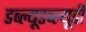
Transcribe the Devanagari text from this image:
डब्ल्यूडब्ल्यूडी